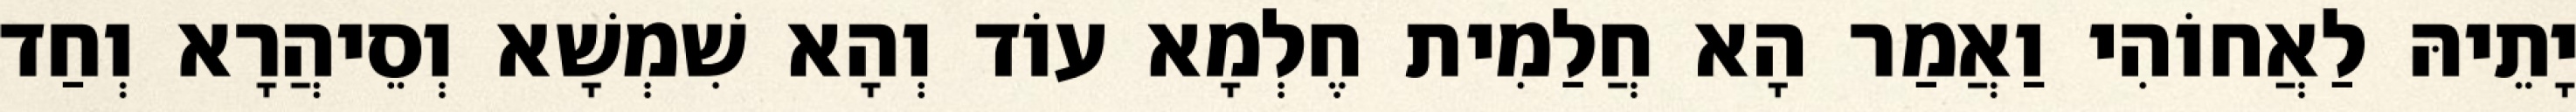
יָתֵיהּ לַאֲחוֹהִי וַאֲמַר הָא חֲלַמִית חֶלְמָא עוֹד וְהָא שִׁמְשָׁא וְסֵיהֲרָא וְחַד